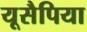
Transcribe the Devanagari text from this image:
यूसैपिया